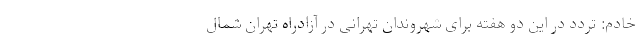
خادم: تردد در این دو هفته برای شهروندان تهرانی در آزادراه تهران شمال